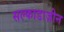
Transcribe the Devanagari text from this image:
सल्फाडाज़ीन